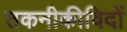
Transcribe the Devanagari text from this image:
तकनीकीविदों